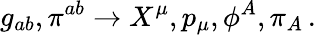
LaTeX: g_{ab},\pi^{ab}\rightarrow X^{\mu},p_{\mu},\phi^{A},\pi_{A}\, .